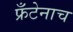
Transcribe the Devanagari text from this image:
फ्रँटेनाच